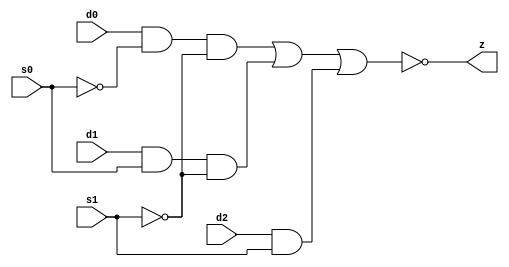
// This program was cloned from: https://github.com/siliconcompiler/lambdalib
// License: MIT License

//#############################################################################
//# Function: 3-Input Inverting Mux                                           #
//# Copyright: Lambda Project Authors. All rights Reserved.                   #
//# License:  MIT (see LICENSE file in Lambda repository)                     #
//#############################################################################

module la_muxi3 #(
    parameter PROP = "DEFAULT"
) (
    input  d0,
    input  d1,
    input  d2,
    input  s0,
    input  s1,
    output z
);

    assign z = ~((d0 & ~s0 & ~s1) | (d1 & s0 & ~s1) | (d2 & s1));

endmodule